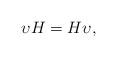
LaTeX: \begin{gather*}\upsilon H=H\upsilon,\end{gather*}